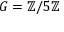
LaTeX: G = \mathbb { Z } / 5 \mathbb { Z }